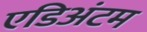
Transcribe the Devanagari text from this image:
एडिअंटम